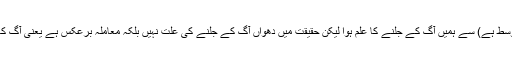
اس مثال میں دھواں(جوحد اوسط ہے) سے ہمیں آگ کے جلنے کا علم ہوا لیکن حقیقت میں دھواں آگ کے جلنے کی علت نہیں بلکہ معاملہ برعکس ہے یعنی آگ کا جلنا دھواں کیلئے علت ہے۔